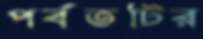
পর্বতটির